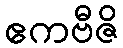
ဧကဗီဇိ